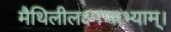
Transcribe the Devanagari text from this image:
मैथिलीलक्ष्मणाभ्याम्।